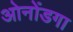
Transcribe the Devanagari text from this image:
ओनोंडगा